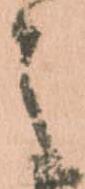
之